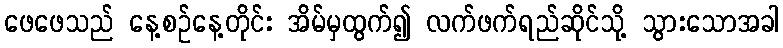
ဖေဖေသည် နေ့စဉ်နေ့တိုင်း အိမ်မှထွက်၍ လက်ဖက်ရည်ဆိုင်သို့ သွားသောအခါ